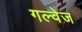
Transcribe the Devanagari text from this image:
गल्वेज